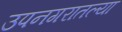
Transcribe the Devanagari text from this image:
उपनगरातल्या